Civil Veterinary Department. Madras. Admin. report 1926-33 - 1926-1933
Year: 1926
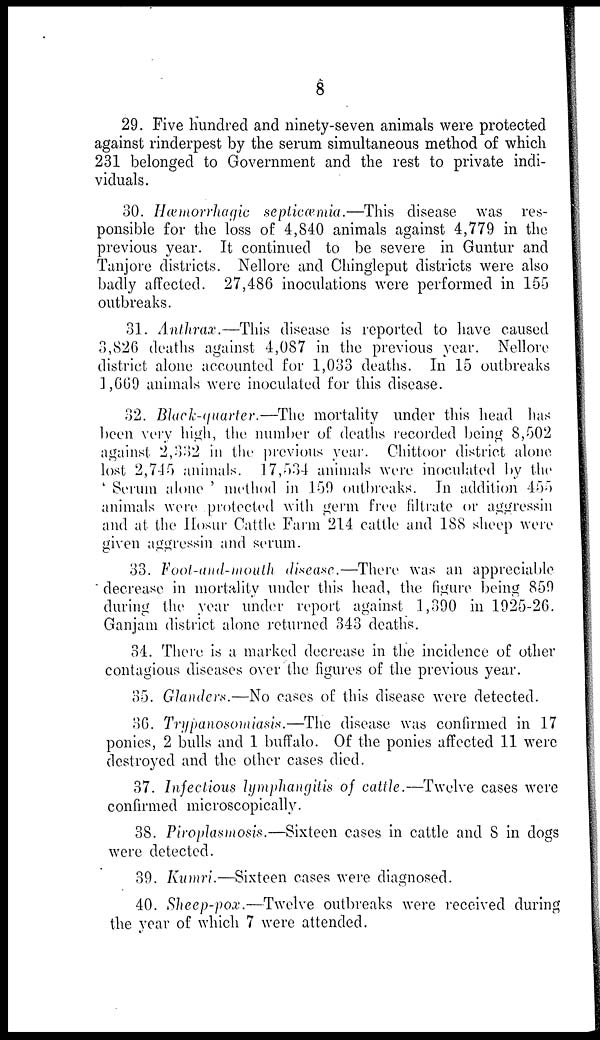
8
29. Five hundred and ninety-seven animals were protected
against rinderpest by the serum simultaneous method of which
231 belonged to Government and the rest to private indi-
viduals.
30. Hæmorrhagic septicæmia.—This disease was res-
ponsible for the loss of 4,84.0 animals against 4,779 in the
previous year. It continued to be severe in Guntur and
Tanjore districts. Nellore and Chingleput districts were also
badly affected. 27,486 inoculations were performed in 155
outbreaks.
31. Anthrax.—This disease is reported to have caused
3,826 deaths against 4,087 in the previous year. Nellore
district alone accounted for 1,033 deaths. In 15 outbreaks
1,669 animals were inoculated for this disease.
32. Black-quarter.—The mortality under this head has
been very high, the number of deaths recorded being 8,502
against, 2,332 in the previous year. Chittoor district alone
lost 2,745 animals. 17,534 animals were inoculated by the
' Serum alone ' method in 159 outbreaks. In addition 455
animals were protected with germ free filtrate or aggressin
and at the Hosur Cattle Farm 214 cattle and 188 sheep were
given aggressin and serum.
33. Foot-and-mouth disease.—There was an appreciable
decrease in mortality under this head, the figure being 859
during the year under report against 1,390 in 1925-26.
Ganjam district alone returned 343 deaths.
34. There is a marked decrease in the incidence of other
contagious diseases over the figures of the previous year.
35. Glanders.—No cases of this disease were detected.
36. Trypanosomiasis.—The disease was confirmed in 17
ponies, 2 bulls and 1 buffalo. Of the ponies affected 11 were
destroyed and the other cases died.
37. Injectious lymphangitis of cattle.—Twelve cases were
confirmed microscopically.
38. Piroplasmosis.—Sixteen cases in cattle and 8 in dogs
were detected.
39. Kumri.—Sixteen cases were diagnosed.
40. Sheep-pox.—Twelve outbreaks were received during
the year of which 7 were attended.